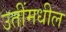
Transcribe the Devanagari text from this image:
उतींमधील